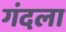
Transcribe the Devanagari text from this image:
गंदला